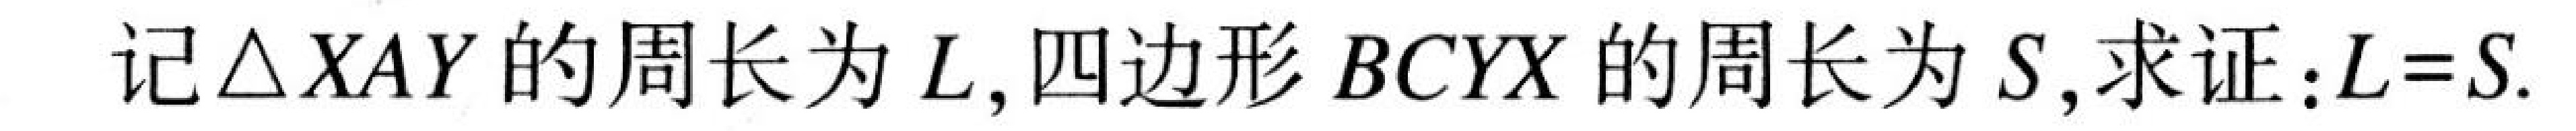
记\(\triangle XAY\)的周长为\(L\), 四边形 \(BCYX\)的周长为\(S\), 求证：\(L = S\).